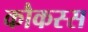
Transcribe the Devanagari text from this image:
कौकस्स